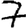
Digit: 7